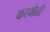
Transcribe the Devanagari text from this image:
काचोळी